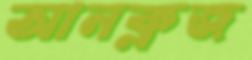
আনক্লজ